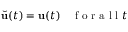
\Breve { \mathbf { u } } ( t ) = \mathbf { u } ( t ) \quad \mathrm { ~ f ~ o ~ r ~ a ~ l ~ l ~ } t